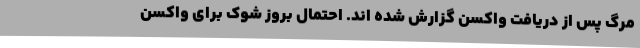
مرگ پس از دریافت واکسن گزارش شده اند. احتمال بروز شوک برای واکسن